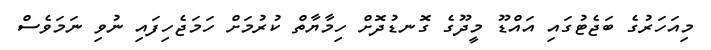
މިއަހަރުގެ ބަޖެޓުގައި އައްޑޫ މީދޫގެ ގޮނޑުދޮށް ހިމާޔާތް ކުރުމަށް ހަމަޖެހިފައި ނުވި ނަމަވެސް